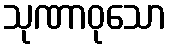
သုဏာဝုသော